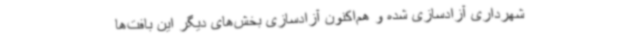
شهرداری آزادسازی شده و هم‌اکنون آزادسازی بخش‌های دیگر این بافت‌ها